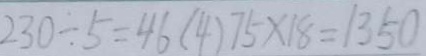
2 3 0 \div 5 = 4 6 ( 4 ) 7 5 \times 1 8 = 1 3 5 0